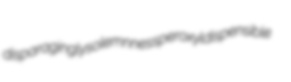
disparagingly solemnness peroxyl dispensible